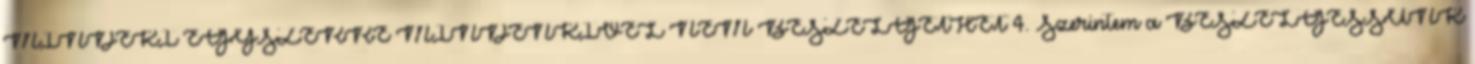
MINDEKI EGYSZERRE MINDENKIVEL NEM BESZÉLGETHET 4. Szerintem a BESZÉLGESSÜNK